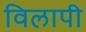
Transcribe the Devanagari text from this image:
विलापी